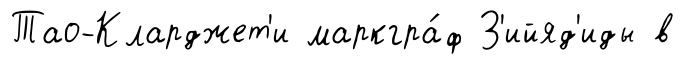
Тао-Кларджет'и маркгра́ф З'ийяд'иды в